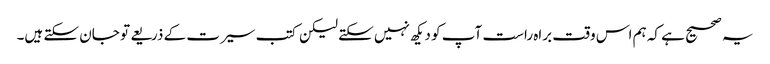
یہ صحیح ہے کہ ہم اس وقت براہ راست آپ کو دیکھ نہیں سکتے لیکن کتب سیرت کے ذریعے تو جان سکتے ہیں۔